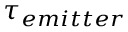
\tau _ { e m i t t e r }